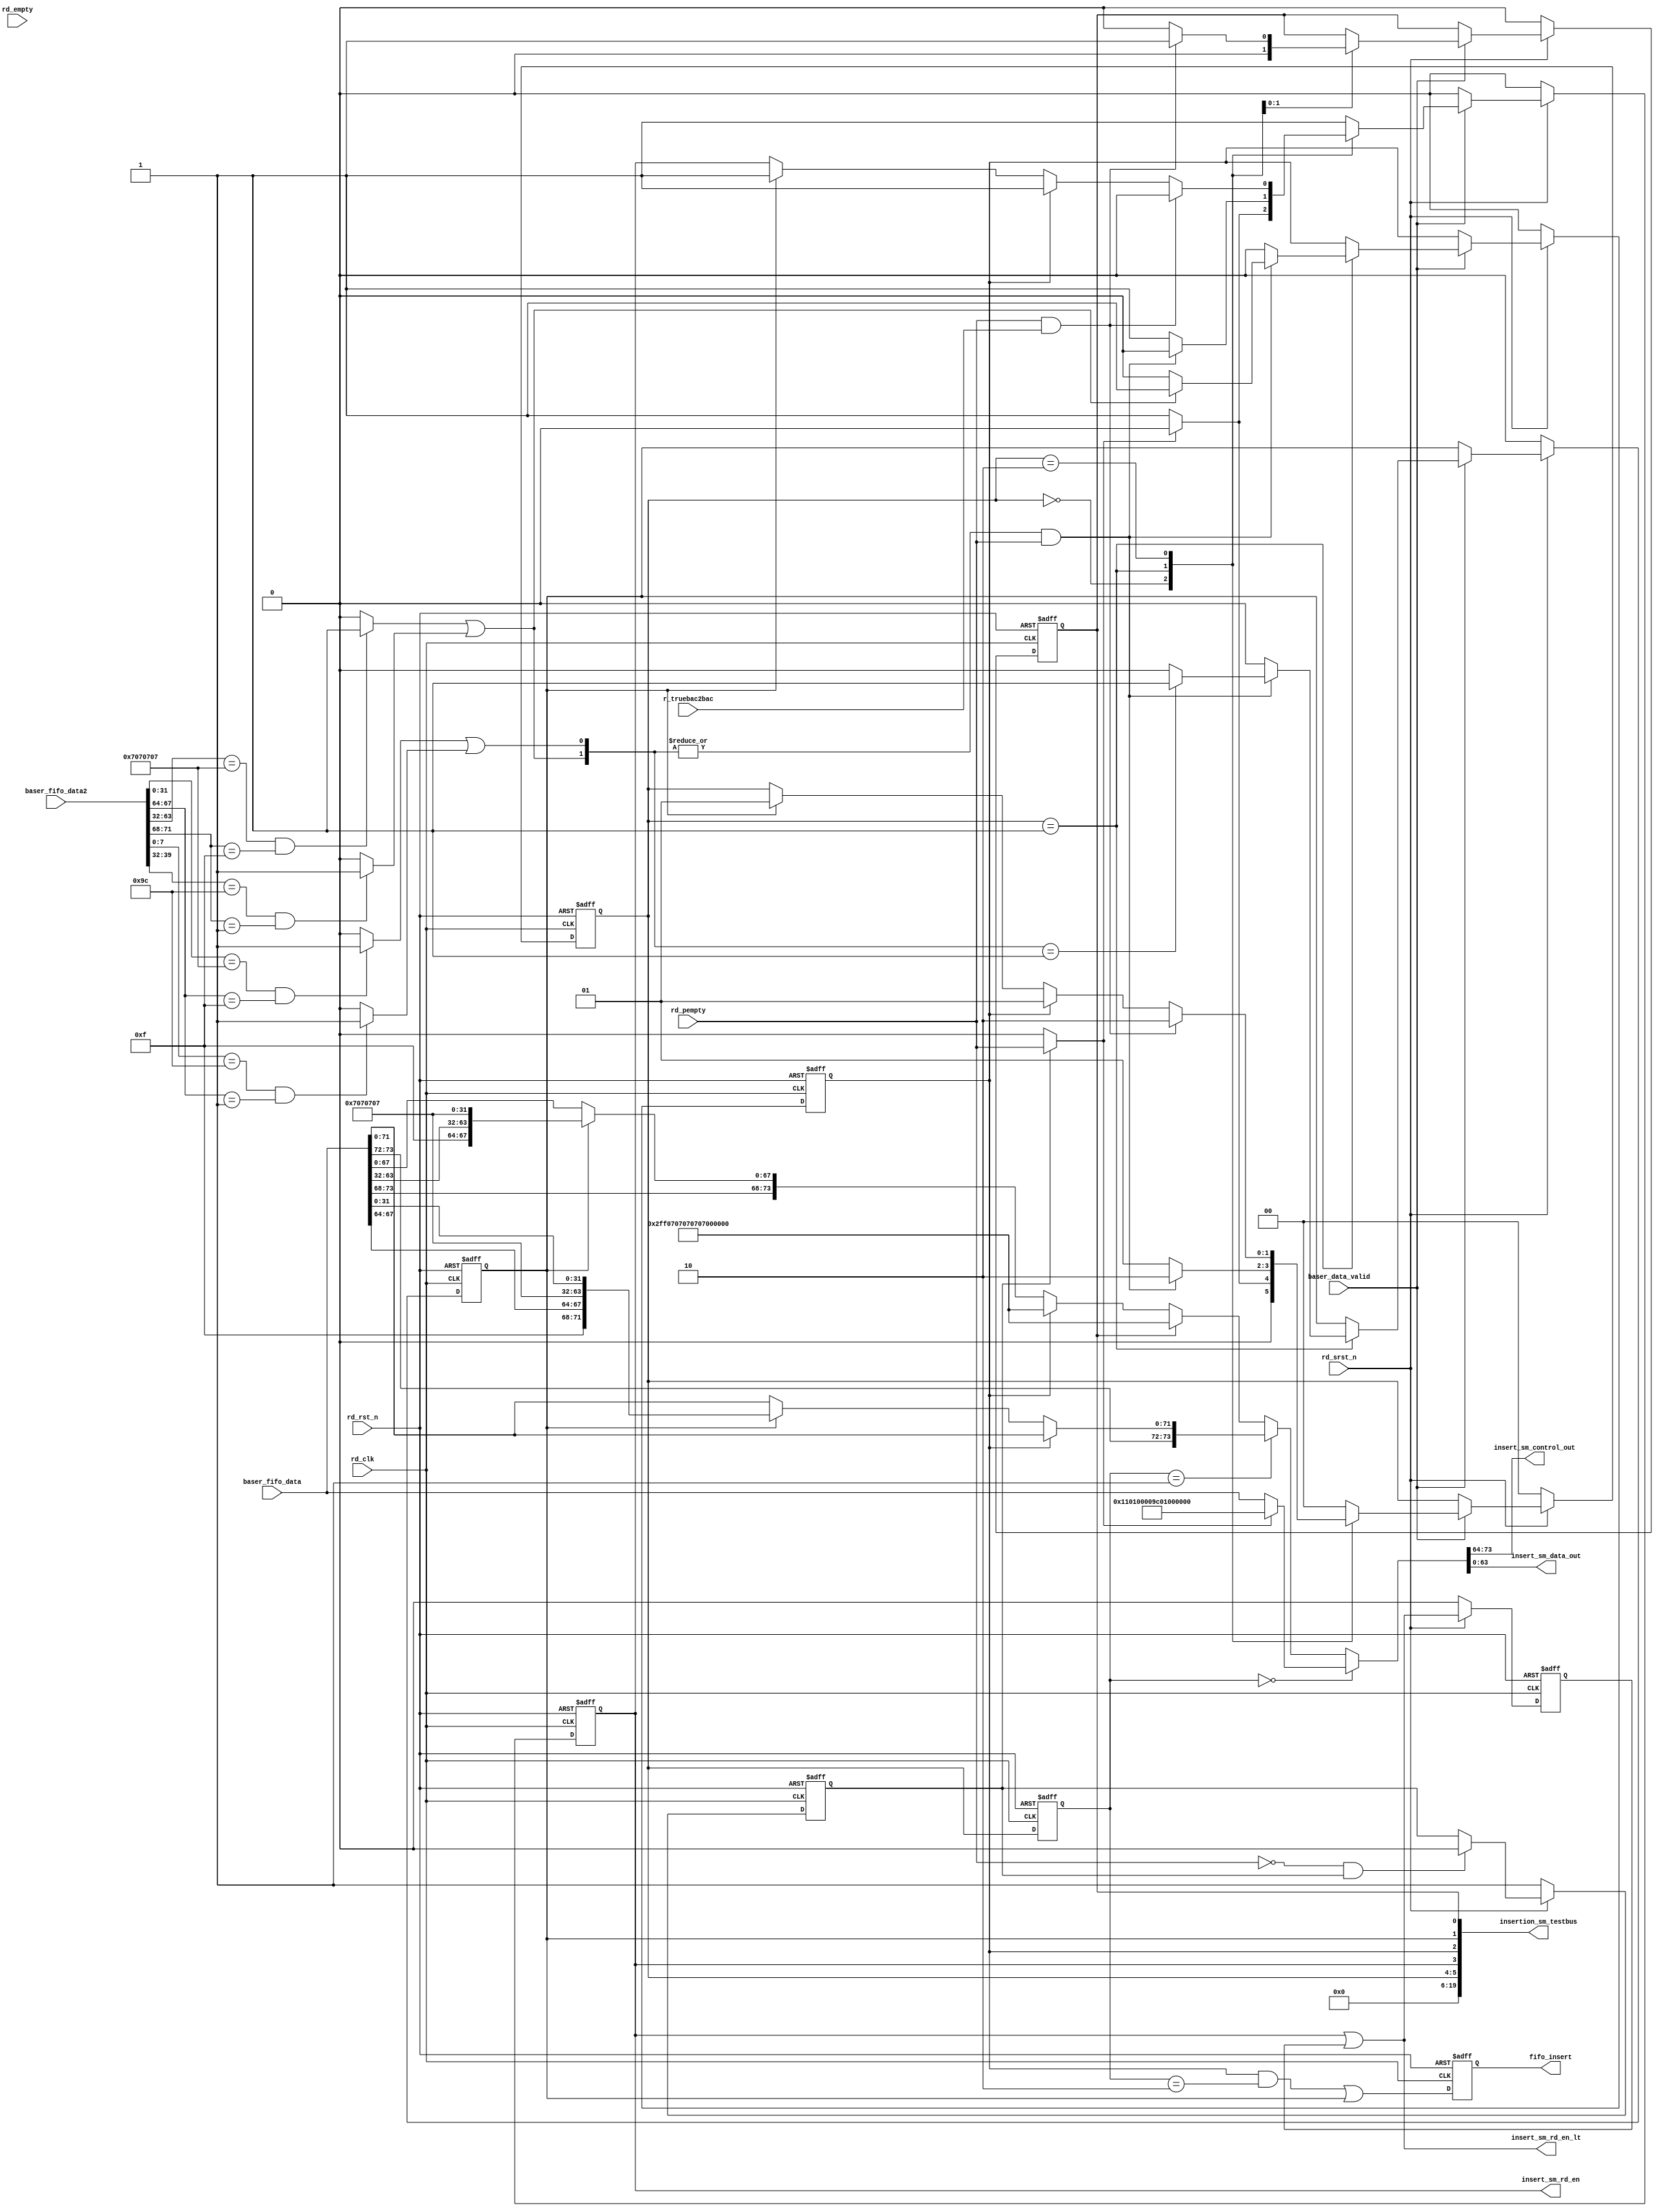
// SPDX-License-Identifier: Apache-2.0
// Copyright (C) 2019 Intel Corporation. 
//------------------------------------------------------------------------
// (C) 2009 Altera Corporation. .  
//
//------------------------------------------------------------------------
// Revision:    $Revision: #4 $
//------------------------------------------------------------------------
// Description: 
//
//------------------------------------------------------------------------

module hdpldadapt_rx_datapath_insert_sm
   #(
      parameter PCSDWIDTH      = 'd64,    // PCS data width
      parameter PCSCWIDTH      = 'd10    // PCS control width
    )
    (
      input  wire                 rd_rst_n,        // rdite Domain Active low Reset
      input  wire                 rd_srst_n,        // rdite Domain Active low Reset
      input  wire                 rd_clk,          // rdite Domain Clock
      
      input  wire [PCSDWIDTH+PCSCWIDTH-1:0] baser_fifo_data,    	// FIFO read data     
      input  wire [PCSDWIDTH+PCSCWIDTH-1:0] baser_fifo_data2,    	// FIFO read data next     
      
      input  wire                 rd_pempty,         // Read partially empty 
      input  wire                 rd_empty,          // Read empty

      input  wire		  baser_data_valid,
      
      input  wire		  r_truebac2bac,

      output wire [19:0]	  insertion_sm_testbus,
      output wire [PCSCWIDTH-1:0] insert_sm_control_out,        // Frame information 
      output wire [PCSDWIDTH-1:0] insert_sm_data_out,        // Read Data Out
      output wire		  fifo_insert,
      output wire		  insert_sm_rd_en,       // To FIFO read enable logic		
      output wire		  insert_sm_rd_en_lt        // To FIFO output register   
    );

//********************************************************************
// Define Parameters 
//********************************************************************
//`include "hd_pcs10g_params.v"
// 10G, 40G & 100G  Ethernet Parameters
   // Spec Definitions
   // MII Control Characters - Unencoded
   localparam               XGMII_IDLE  = 8'h07;
   localparam               XGMII_START = 8'hfb;
   localparam               XGMII_TERM  = 8'hfd;
   localparam               XGMII_ERROR = 8'hfe;
   localparam               XGMII_SEQOS = 8'h9c;
   localparam               XGMII_RES0  = 8'h1c;
   localparam               XGMII_RES1  = 8'h3c;
   localparam               XGMII_RES2  = 8'h7c;
   localparam               XGMII_RES3  = 8'hbc;
   localparam               XGMII_RES4  = 8'hdc;
   localparam               XGMII_RES5  = 8'hf7;
   localparam               XGMII_SIGOS = 8'h5c;

   // Local Fault OS and Error Block - Unencoded 
   localparam               EBLOCK_R            = {8{XGMII_ERROR}};
   localparam               LBLOCK_R_10G        = {8'h1,8'h0,8'h0,XGMII_SEQOS,8'h1,8'h0,8'h0,XGMII_SEQOS};

// Shared Parameters
   // Control Bits 
   localparam               CTL_DATA         = 'd0;
   localparam               CTL_CTRL         = 'd1;
   localparam               CTL_ERR          = 'd8;
   localparam               CTL_BFL          = 'd9;   

   localparam                       RD_IDLE         =2'd0;
   localparam                       RD_ENABLE       =2'd1;
   localparam                       RD_INSERT       =2'd2;
   
   localparam                       XGMII_IDLE_WORD = {4{XGMII_IDLE}};
   
   localparam                       FIFO_DATA_DEFAULT = LBLOCK_R_10G;
   localparam                       FIFO_CTRL_DEFAULT = 10'h11;
   localparam   		    FIFO_DEFAULT = {FIFO_CTRL_DEFAULT, FIFO_DATA_DEFAULT};  
   
   localparam                       FDWIDTH = PCSDWIDTH+PCSCWIDTH;

      
   
   reg [FDWIDTH-1:0]                d_out_comb;
   
   wire                             rd_lw_idle;
   wire                             rd_uw_idle;
   
   wire                             rd_lw_os;
   wire                             rd_uw_os;
   
   wire [1:0]                       ch_insert; 
   
   wire                             wr_en_int;
   wire [FDWIDTH-1:0]               wr_data_in_int;
   
   reg                              first_read;
   
   reg                              insert_after;
   reg                              insert_between;
   
   
//   wire                             rd_en_int;
   wire                             rd_full;
   reg                              keep_insert;
   reg  [1:0]                       rd_add_sm;
   reg  [1:0]                       rd_add_sm_reg;   
   reg                              fifo_insert_pre;
   reg                              rd_en_lt;
   reg		  		    rd_en_10g;       // To FIFO read enable logic		
   wire		                    rd_en_lt0;       // To FIFO output register   
      

   wire [PCSDWIDTH+PCSCWIDTH-1:0]   fifo_out =  baser_fifo_data;    
   wire [PCSDWIDTH+PCSCWIDTH-1:0]   fifo_out_next = baser_fifo_data2;      

   //********************************************************************
   // READ CLOCK DOMAIN: STOP reading when PEMPTY,
   // This logic stops the read data from the fifo if the FIFO becomes partial
   // empty, the FIFO read is stopped when the read data has a 
   // IDLE/TERM/SEQ_IDLE/IDLE_SEQ
   //********************************************************************
   // IDLE/OS detection on read side
   
   assign rd_lw_idle = (fifo_out_next[31:0] == {4{XGMII_IDLE}} && fifo_out_next[67:64] == 4'hF) ? 1'b1: 1'b0;
   assign rd_uw_idle = (fifo_out_next[63:32] == {4{XGMII_IDLE}} && fifo_out_next[71:68] == 4'hF) ? 1'b1: 1'b0;
   
   // OS detection
   // Only delete 2nd OS of consecutive identical OS's
   assign rd_lw_os = (fifo_out_next[7:0] == XGMII_SEQOS && fifo_out_next[67:64] == 4'h1) ? 1'b1: 1'b0;
   assign rd_uw_os = (fifo_out_next[39:32] == XGMII_SEQOS && fifo_out_next[71:68] == 4'h1) ? 1'b1: 1'b0;
   
   assign ch_insert = {rd_uw_idle||rd_uw_os, rd_lw_idle||rd_lw_os}; 
   
   always @(negedge rd_rst_n or posedge rd_clk) begin
      if (rd_rst_n == 1'b0) begin
         first_read         <= 1'b1;
      end
      else if (rd_srst_n == 1'b0) begin
         first_read         <= 1'b1;
      end
      else if (~rd_pempty && first_read) begin
         first_read         <= 1'b0;
      end
   end
   
   assign first_read_int = first_read ? rd_pempty : 1'b0;

   always @(negedge rd_rst_n or posedge rd_clk) begin
      if (rd_rst_n == 1'b0) begin
         rd_add_sm          <= RD_IDLE;
         rd_en_10g              <= 1'b0;
         insert_after	<= 1'b0;
         insert_between	<= 1'b0;
         keep_insert		<= 1'b0;
      end
      else if (rd_srst_n == 1'b0) begin
         rd_add_sm          <= RD_IDLE;
         rd_en_10g              <= 1'b0;
         insert_after	<= 1'b0;
         insert_between	<= 1'b0;
         keep_insert		<= 1'b0;
      end      
      else begin
        if (baser_data_valid) begin
//        if (data_valid_in_fb) begin
            case(rd_add_sm)
              RD_IDLE: begin
//                 if (~rd_pempty && ~first_read) begin
                 if (~first_read_int) begin
                    rd_add_sm      <= RD_ENABLE;
                    rd_en_10g          <= 1'b1;
                 end  
                 else begin
                    rd_add_sm      <= RD_IDLE;
                    rd_en_10g          <= 1'b0;
                 end      
              end
              RD_ENABLE: begin
                 insert_after	<= 1'b0;
                 insert_between	<= 1'b0;
                 keep_insert		<= 1'b0;
                 
	             if(|ch_insert && rd_pempty) 
	               begin
                      rd_add_sm        <= RD_INSERT; 
                      rd_en_10g            <= 1'b0;
                      
                      // Data insertion logic
	                  casez(ch_insert)
                        2'b1?: begin
		                   // When UW is Idle/OS
		           insert_after	<= 1'b1;
                        end
		                // When LW is Idle/OS	
                        2'b01: begin
                           insert_between	<= 1'b1;
                        end
                        default: begin
                   	  insert_after	<= 1'b0;
                 	  insert_between	<= 1'b0;
			end
			 
                      endcase
                      
                   end
                 
                 else 
                   begin
		              rd_add_sm        <= RD_ENABLE; 
		              rd_en_10g            <= 1'b1;
                   end
              end 
              
              
              RD_INSERT: begin

                 keep_insert		<= 1'b0;

                 if (rd_pempty && r_truebac2bac) begin
                    rd_add_sm        <= RD_INSERT;
                    rd_en_10g            <= 1'b0;
                    keep_insert		<= 1'b1;
                   
                 end
                 else if (insert_after) begin
                    rd_add_sm        <= RD_ENABLE;
                    rd_en_10g            <= 1'b1;
                 end   
                 else if (insert_between) begin
                    rd_add_sm        <= RD_ENABLE;
                    rd_en_10g            <= 1'b1;
                 end   
                                       
              end
              default: begin
                 rd_add_sm      <= RD_IDLE;
                 rd_en_10g          <= 1'b1;
              end
            endcase
            
         end   
         
         else begin
            rd_en_10g              <= 1'b0;
         end
         
      end         
   end



always @ *
  begin
      if (rd_add_sm_reg==RD_IDLE) begin
        if (~first_read_int)
          d_out_comb	  	= fifo_out;
        else         
          d_out_comb	  	= FIFO_DEFAULT;
      end  
      
      else if (rd_add_sm_reg==RD_ENABLE) begin
// Insert after when UW is Idle/OS
        if (insert_after)
          d_out_comb         	= fifo_out;
// Insert after when LW is Idle/OS and UW is not
        else if (insert_between)
	  d_out_comb	  	= 	{fifo_out[FDWIDTH-1:72] ,4'hF, fifo_out[67:64], XGMII_IDLE_WORD, fifo_out[31:0]};
	else
	  d_out_comb         	= fifo_out;
      end          
         
//      else if (rd_add_sm_reg==RD_INSERT) begin
      else begin
        if (keep_insert)
          d_out_comb			= {2'b10,8'hFF,{2{XGMII_IDLE_WORD}}};
        else if (insert_after)
          d_out_comb         	= {2'b10,8'hFF,{2{XGMII_IDLE_WORD}}};
        else if (insert_between)
          d_out_comb         	= {fifo_out[FDWIDTH-1:68], 4'hF, fifo_out[63:32], XGMII_IDLE_WORD};
        else
          d_out_comb         	= fifo_out;
      end  
      
   end

always @(negedge rd_rst_n or posedge rd_clk) begin
   if (rd_rst_n == 1'b0) begin
      rd_add_sm_reg	 <= RD_IDLE;
   end
   else begin
      rd_add_sm_reg	 <= rd_add_sm;
   end
end   


// 10G BaseR insertion flag
   always @(negedge rd_rst_n or posedge rd_clk) begin
      if (rd_rst_n == 1'b0) begin
         fifo_insert_pre	<= 1'b0;      
      end
      else begin
         fifo_insert_pre	<= (insert_after && (rd_add_sm_reg==RD_INSERT)) || insert_between ;      
      end
   end 

assign fifo_insert		= fifo_insert_pre;      
   
   always @(negedge rd_rst_n or posedge rd_clk) begin
      if (rd_rst_n == 1'b0) begin
         rd_en_lt	<= 1'b0;      
      end
      else if (rd_srst_n == 1'b0) begin
         rd_en_lt	<= 1'b0;      
      end
      else begin
         rd_en_lt	<= rd_en_10g || rd_en_lt;      
      end
   end 

assign rd_en_lt0 = rd_en_10g || rd_en_lt;


assign {insert_sm_control_out, insert_sm_data_out} = d_out_comb;

assign insert_sm_rd_en_lt	=  rd_en_lt0;
assign insert_sm_rd_en		=  rd_en_10g;

assign insertion_sm_testbus = {14'd0, rd_add_sm, insert_sm_rd_en, insert_after, insert_between, keep_insert};

endmodule